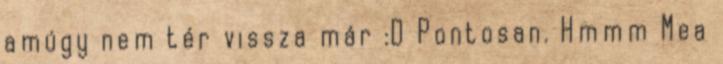
amúgy nem tér vissza már :D Pontosan. Hmmm Mea